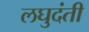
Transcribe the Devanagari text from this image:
लघुदंती